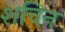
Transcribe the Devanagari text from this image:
शचिन